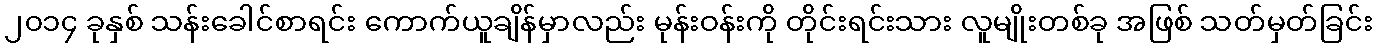
၂၀၁၄ ခုနှစ် သန်းခေါင်စာရင်း ကောက်ယူချိန်မှာလည်း မုန်းဝန်းကို တိုင်းရင်းသား လူမျိုးတစ်ခု အဖြစ် သတ်မှတ်ခြင်း